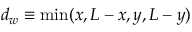
d _ { w } \equiv \operatorname* { m i n } ( x , L - x , y , L - y )